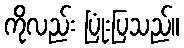
ကိုလည်း ပြုံးပြသည်။